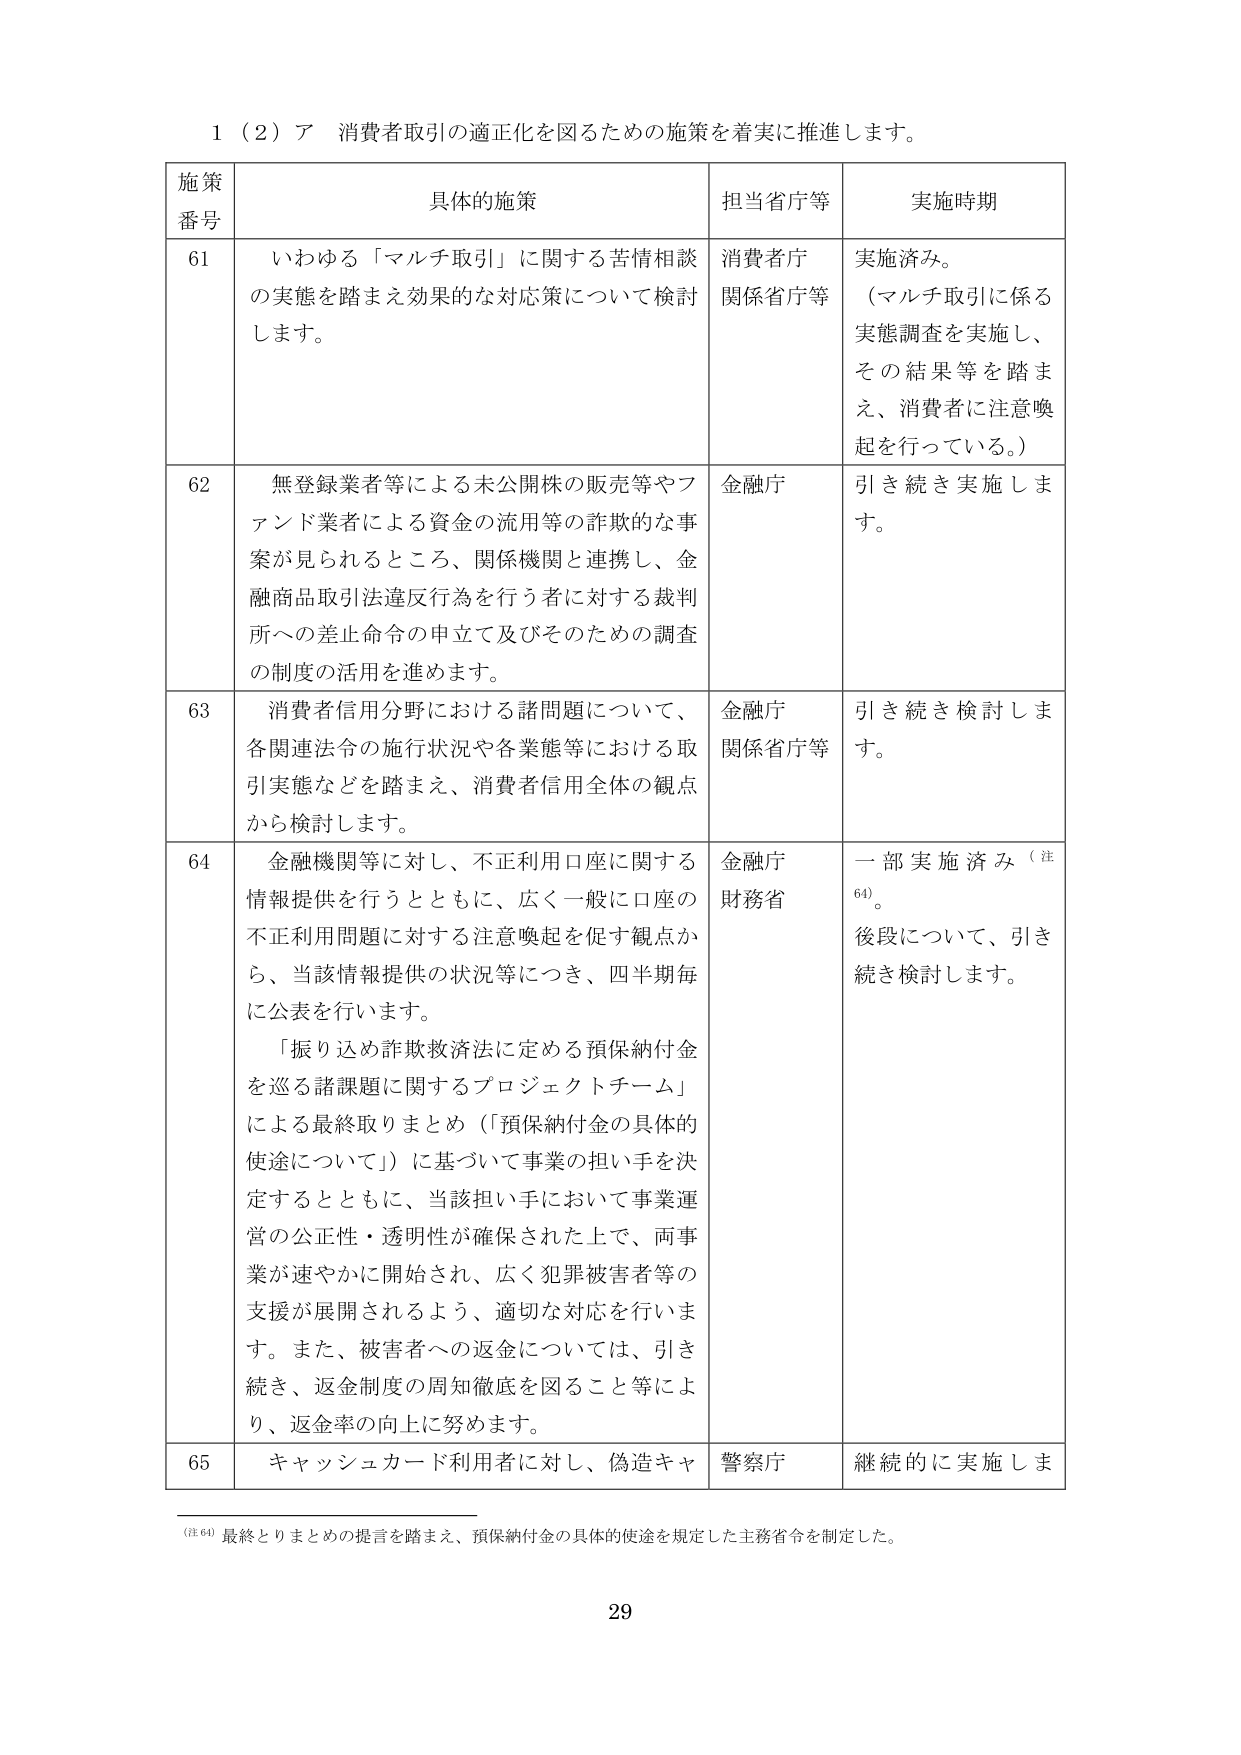
1（2）ア 消費者取引の適正化を図るための施策を着実に推進します。

施策番号 具体的施策 担当省庁等 実施時期

61 いわゆる「マルチ取引」に関する苦情相談の実態を踏まえ効果的な対応策について検討します。 消費者庁 関係省庁等 実施済み。 （マルチ取引に係る実態調査を実施し、その結果等を踏まえ、消費者に注意喚起を行っている。）

62 無登録業者等による未公開株の販売等やファンド業者による資金の流用等の詐欺的な事案が見られるところ、関係機関と連携し、金融商品取引法違反行為を行う者に対する裁判所への差止命令の申立て及びそのための調査の制度の活用を進めます。 金融庁 引き続き実施します。

63 消費者信用分野における諸問題について、各関連法令の施行状況や各業態等における取引実態などを踏まえ、消費者信用全体の観点から検討します。 金融庁 関係省庁等 引き続き検討します。

64 金融機関等に対し、不正利用口座に関する情報提供を行うとともに、広く一般に口座の不正利用問題に対する注意喚起を促す観点から、当該情報提供の状況等につき、四半期毎に公表を行います。 「振り込め詐欺救済法に定める預保納付金を巡る諸課題に関するプロジェクトチーム」による最終取りまとめ（「預保納付金の具体的使途について」）に基づいて事業の担い手を決定するとともに、当該担い手において事業運営の公正性・透明性が確保された上で、両事業が速やかに開始され、広く犯罪被害者等の支援が展開されるよう、適切な対応を行います。また、被害者への返金については、引き続き、返金制度の周知徹底を図ること等により、返金率の向上に努めます。 金融庁 財務省 一部実施済み（注64）。 後段について、引き続き検討します。

65 キャッシュカード利用者に対し、偽造キャ 警察庁 継続的に実施しま

（注64）最終とりまとめの提言を踏まえ、預保納付金の具体的使途を規定した主務省令を制定した。

29